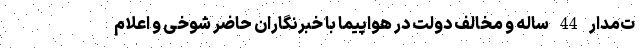
ت‌مدار 44 ساله و مخالف دولت در هواپیما با خبرنگاران حاضر شوخی و اعلام